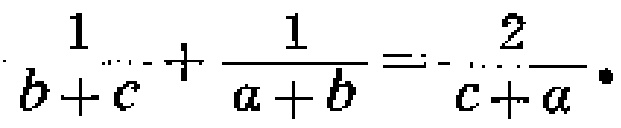
$\frac{1}{b + c}+\frac{1}{a + b}=-\frac{2}{c + a}$